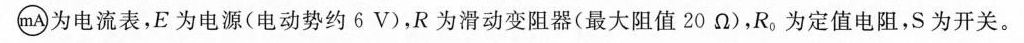
\bigcirc{mA}为电流表，E为电源(电动势约6V)，R为滑动变阻器(最大阻值20Ω)，R。为定值电阻，S为开关。